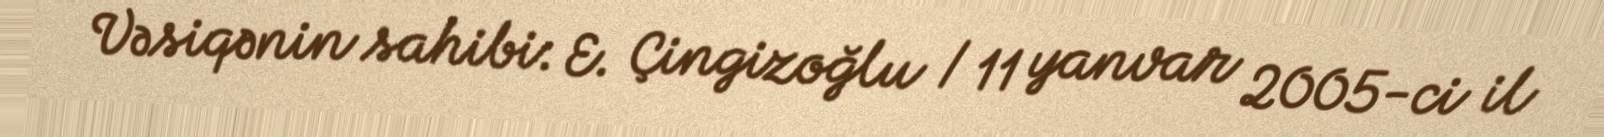
Vəsiqənin sahibi: E. Çingizoğlu / 11 yanvar 2005-ci il